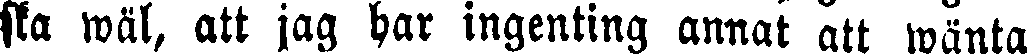
sta wäl, att jag har ingenting annat att wänta